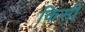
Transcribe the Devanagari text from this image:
किसी